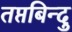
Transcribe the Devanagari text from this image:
तप्तबिन्दु